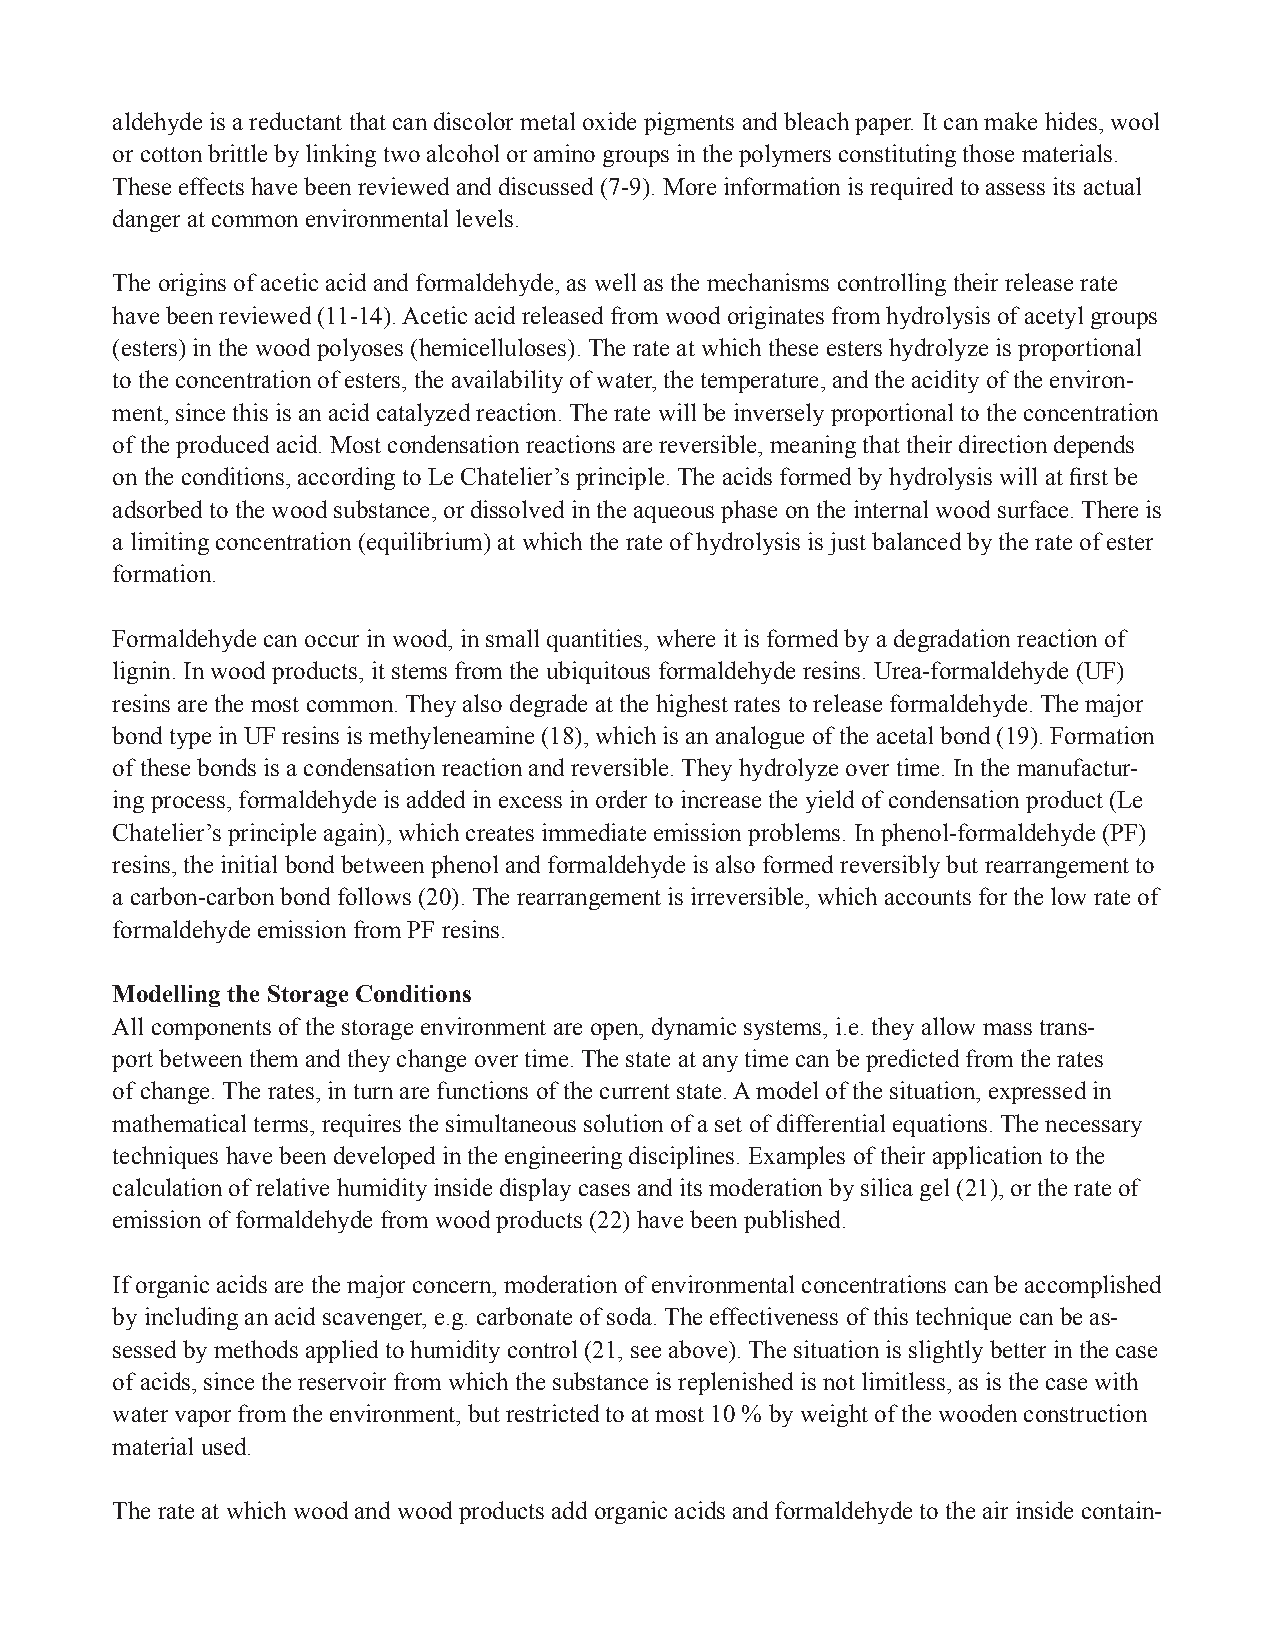
aldehyde is a reductant that can discolor metal oxide pigments and bleach paper. It can make hides, wool
 or cotton brittle by linking two alcohol or amino groups in the polymers constituting those materials.
 These effects have been reviewed and discussed (7-9). More information is required to assess its actual
 danger at common environmental levels.
 The origins of acetic acid and formaldehyde, as well as the mechanisms controlling their release rate
 have been reviewed (11-14). Acetic acid released from wood originates from hydrolysis of acetyl groups
 (esters) in the wood polyoses (hemicelluloses). The rate at which these esters hydrolyze is proportional
 to the concentration of esters, the availability of water, the temperature, and the acidity of the environ-
 ment, since this is an acid catalyzed reaction. The rate will be inversely proportional to the concentration
 of the produced acid. Most condensation reactions are reversible, meaning that their direction depends
 on the conditions, according to Le Chatelier’s principle. The acids formed by hydrolysis will at first be
 adsorbed to the wood substance, or dissolved in the aqueous phase on the internal wood surface. There is
 a limiting concentration (equilibrium) at which the rate of hydrolysis is just balanced by the rate of ester
 formation.
 Formaldehyde can occur in wood, in small quantities, where it is formed by a degradation reaction of
 lignin. In wood products, it stems from the ubiquitous formaldehyde resins. Urea-formaldehyde (UF)
 resins are the most common. They also degrade at the highest rates to release formaldehyde. The major
 bond type in UF resins is methyleneamine (18), which is an analogue of the acetal bond (19). Formation
 of these bonds is a condensation reaction and reversible. They hydrolyze over time. In the manufactur-
 ing process, formaldehyde is added in excess in order to increase the yield of condensation product (Le
 Chatelier’s principle again), which creates immediate emission problems. In phenol-formaldehyde (PF)
 resins, the initial bond between phenol and formaldehyde is also formed reversibly but rearrangement to
 a carbon-carbon bond follows (20). The rearrangement is irreversible, which accounts for the low rate of
 formaldehyde emission from PF resins.
 Modelling the Storage Conditions
 All components of the storage environment are open, dynamic systems, i.e. they allow mass trans-
 port between them and they change over time. The state at any time can be predicted from the rates
 of change. The rates, in turn are functions of the current state. A model of the situation, expressed in
 mathematical terms, requires the simultaneous solution of a set of differential equations. The necessary
 techniques have been developed in the engineering disciplines. Examples of their application to the
 calculation of relative humidity inside display cases and its moderation by silica gel (21), or the rate of
 emission of formaldehyde from wood products (22) have been published.
 If organic acids are the major concern, moderation of environmental concentrations can be accomplished
 by including an acid scavenger, e.g. carbonate of soda. The effectiveness of this technique can be as-
 sessed by methods applied to humidity control (21, see above). The situation is slightly better in the case
 of acids, since the reservoir from which the substance is replenished is not limitless, as is the case with
 water vapor from the environment, but restricted to at most 10 % by weight of the wooden construction
 material used.
 The rate at which wood and wood products add organic acids and formaldehyde to the air inside contain-